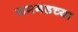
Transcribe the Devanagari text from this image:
रामगडच्या